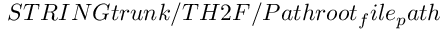
S T R I N G t r u n k / T H 2 F / P a t h r o o t _ { f } i l e _ { p } a t h